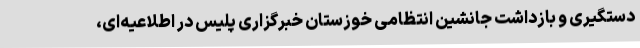
دستگیری و بازداشت جانشین انتظامی خوزستان خبرگزاری پلیس در اطلاعیه‌ای،